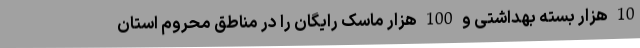
10 هزار بسته بهداشتی و 100 هزار ماسک رایگان را در مناطق محروم استان